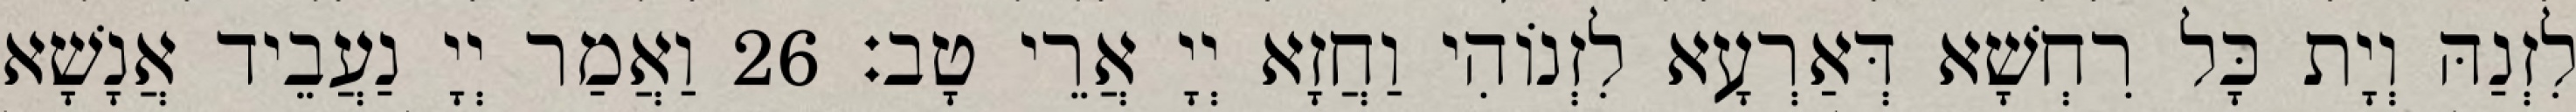
לִזְנַהּ וְיָת כָּל רִחְשָׁא דְּאַרְעָא לִזְנוֹהִי וַחֲזָא יְיָ אֲרֵי טָב׃ 26 וַאֲמַר יְיָ נַעֲבֵיד אֲנָשָׁא